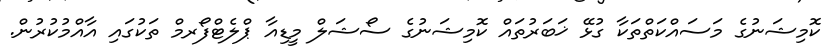
ކޮމިޝަނުގެ މަސައްކަތްތަކާ ގުޅޭ ޚަބަރުތައް ކޮމިޝަނުގެ ސޯޝަލް މީޑިއާ ޕްލެޓްފޯރމް ތަކުގައި އާއްމުކުރުން.